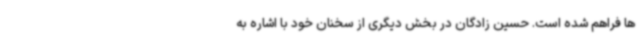
ها فراهم شده است. حسین زادگان در بخش دیگری از سخنان خود با اشاره به